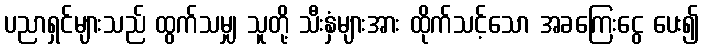
ပညာရှင်များသည် ထွက်သမျှ သူတို့ သီးနှံများအား ထိုက်သင့်သော အခကြေးငွေ ပေး၍